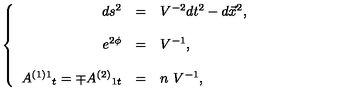
\left\{ \begin{array} { r c l } { d s ^ { 2 } } & { = } & { V ^ { - 2 } d t ^ { 2 } - d \vec { x } ^ { 2 } , } \\ { } & { } & { } \\ { e ^ { 2 \phi } } & { = } & { V ^ { - 1 } , } \\ { } & { } & { } \\ { A ^ { ( 1 ) 1 } { } _ { t } = \mp A ^ { ( 2 ) } { } _ { 1 t } } & { = } & { n \ V ^ { - 1 } , } \\ \end{array} \right.